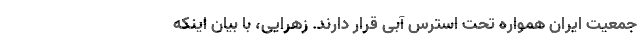
جمعیت ایران همواره تحت استرس آبی قرار دارند. زهرایی، با بیان اینکه